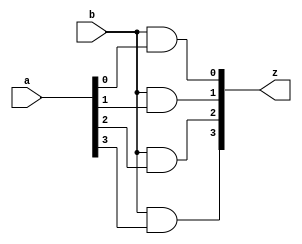
module andSE(a, b, z);
	input [3:0] a;
	input b;
	output [3:0] z;
	
	assign z[0] = b & a[0];
	assign z[1] = b & a[1];
	assign z[2] = b & a[2];
	assign z[3] = b & a[3];
endmodule